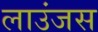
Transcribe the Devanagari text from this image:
लाउंजस